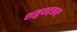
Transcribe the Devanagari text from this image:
शत्रुवत्‌त्रयः